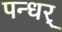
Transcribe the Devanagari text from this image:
पन्धर्